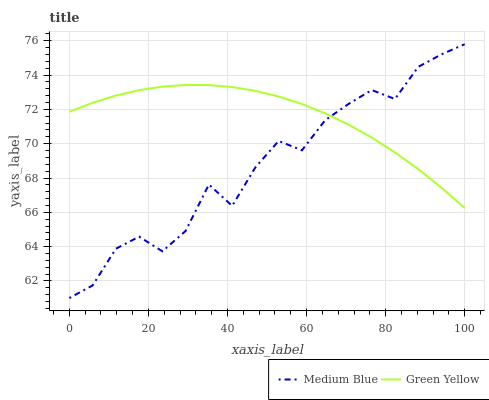
| xaxis_label | Medium Blue | Green Yellow |
 | --- | --- | --- |
 | 0 | 61 | 71.9 |
 | 5.88 | 61.7 | 72.4 |
 | 11.8 | 63.9 | 72.8 |
 | 17.6 | 64.6 | 73.1 |
 | 23.5 | 63.7 | 73.3 |
 | 29.4 | 64.9 | 73.4 |
 | 35.3 | 67.6 | 73.4 |
 | 41.2 | 66.4 | 73.3 |
 | 47.1 | 68.6 | 73.1 |
 | 52.9 | 70.2 | 72.8 |
 | 58.8 | 69.6 | 72.3 |
 | 64.7 | 71.4 | 71.8 |
 | 70.6 | 72.3 | 71.1 |
 | 76.5 | 73.1 | 70.4 |
 | 82.4 | 72.6 | 69.5 |
 | 88.2 | 74.5 | 68.5 |
 | 94.1 | 75.2 | 67.4 |
 | 100 | 75.8 | 66.2 |